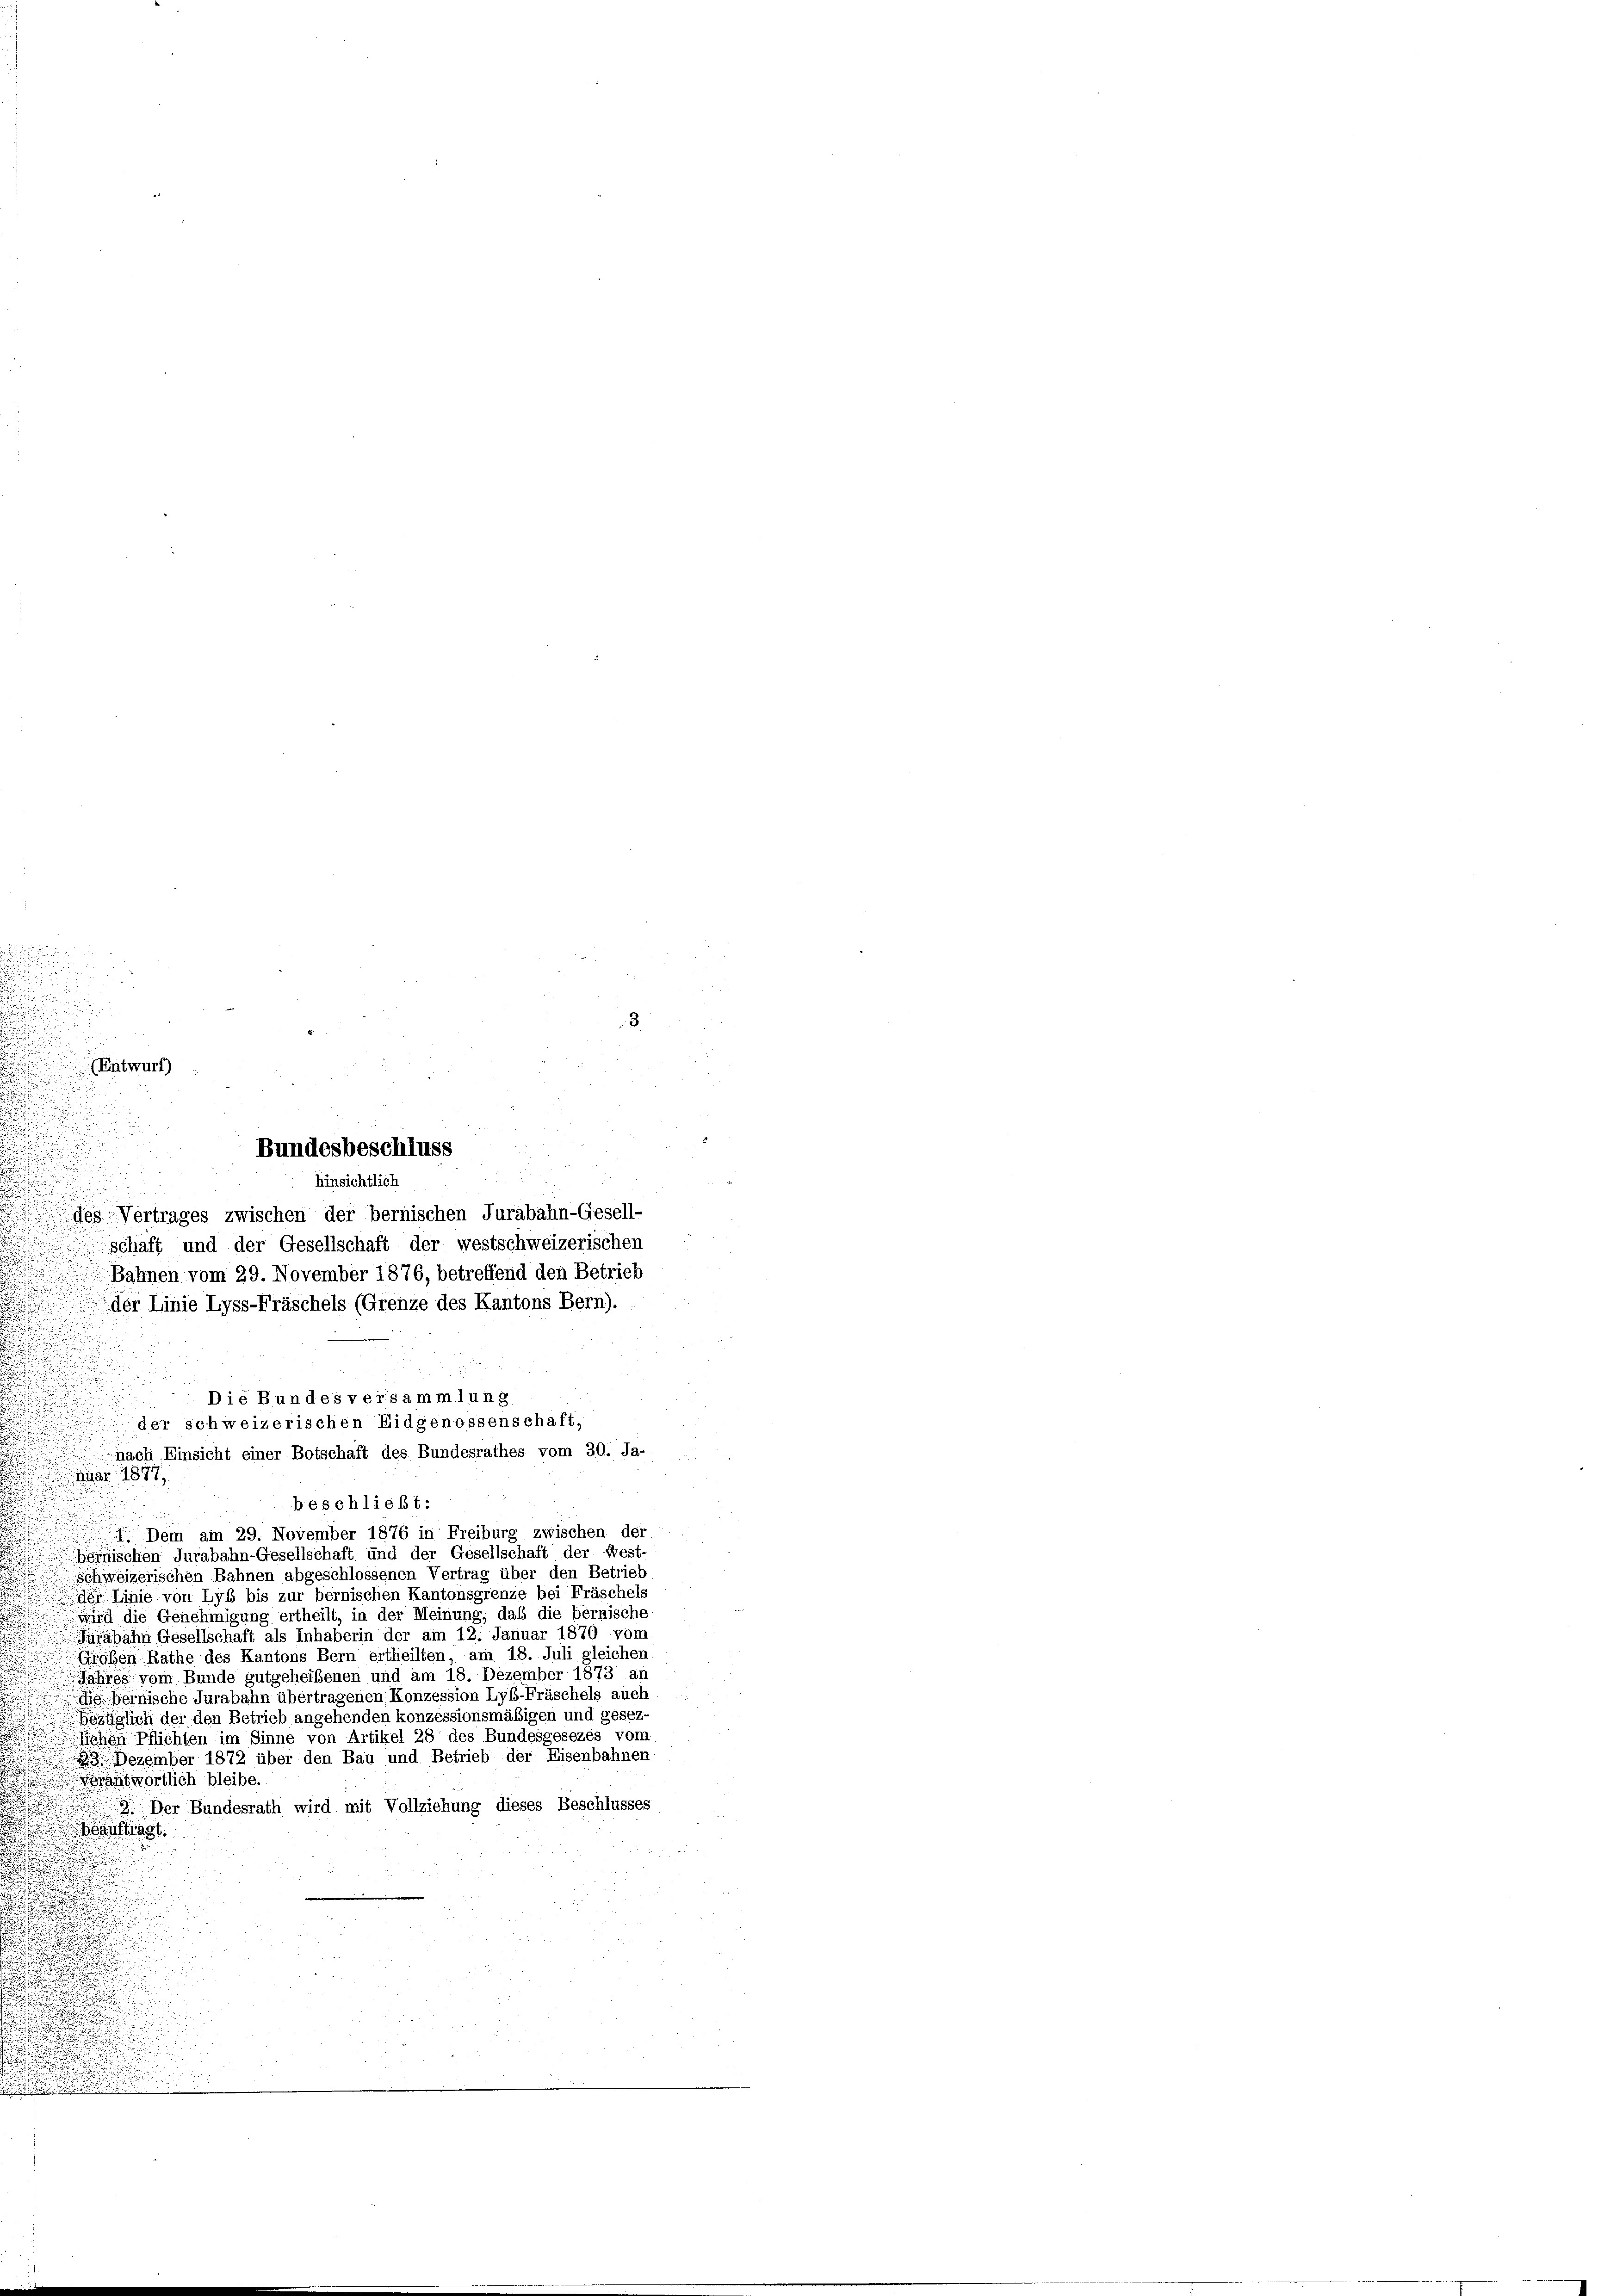
3

.
(Entwurf)

n

Bundesbeschluss
hinsichtlich
d
des Vertrages zwischen der bernischen Jurabahn-Gesell-
.
schaft und der Gesellschaft der westschweizerischen

.
Bahnen vom 29. November 1876, betreffend den Betrieb
n
der Linie Lyss-Fräschels (Grenze des Kantons Bern).
Die Bundes versammlung
der schweizerischen Eidgenossenschaft,
nach Einsicht einer Botschaft des Bundesrathes vom 30. Ja-
.M. 1877.
beschließt:
. Dem am 29. November 1876 in Freiburg zwischen der
bernischen Jurabahn-Gesellschaft und der Gesellschaft der West-
Schweizerischen Bahnen abgeschlossenen Vertrag über den Betrieb
der Linie von Lyb bis zur bernischen Kantonsgrenze bei Fräschels
wird die Genehmigung ertheilt, in der Meinung, daß die bernische
Jüfabahn Gesellschaft als Inhaberin der am 12. Januar 1870 vom
Graben Rathe des Kantons Bern ertheilten, am 18. Juli gleichen
Jahres vom Bunde gutgeheibenen und am 18. Dezember 1873 an
die bernische Jurabahn übertragenen Konzession Lyb-Fräschels auch
bezüglich der den Betrieb angehenden konzessionsmäßigen und gesez¬
Sichen Pflichten im Sinne von Artikel 28 des Bundesgesezes vom
23. Dezember 1872 über den Bau und Betrieb der Eisenbahnen
rantwortlich bleibe.
2. Der Bundesrath wird mit Vollziehung dieses Beschlusses
aat
.
.
d

i
¬
e
S